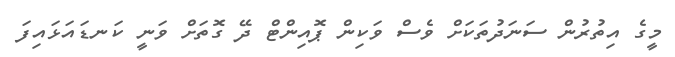
މީގެ އިތުރުން ސަނަދުތަކަށް ވެސް ވަކިން ޕޮއިންޓް ދޭ ގޮތަށް ވަނީ ކަނޑައަޅައިފަ